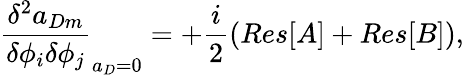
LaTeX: \frac{\delta^{2}a_{Dm}}{\delta\phi_{i}\delta\phi_{j}}_{a_{D}=0}=+\frac{i}{2}(Res[A]+Res[B]),